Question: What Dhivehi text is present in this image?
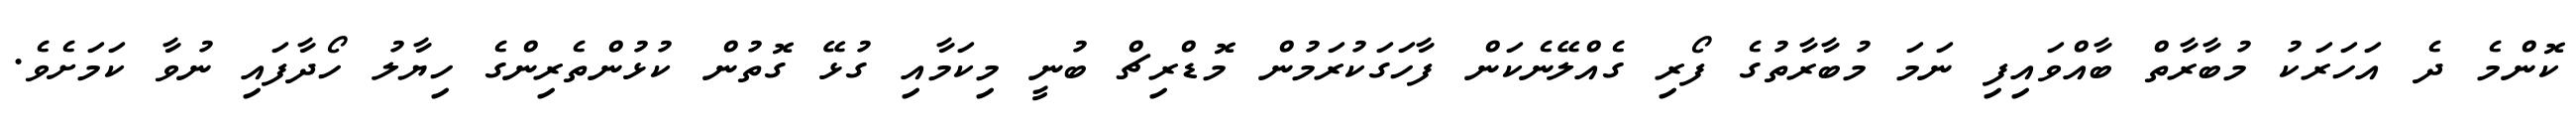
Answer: ކޮންމެ ދެ އަހަރަކު މުބާރާތް ބާއްވައިފި ނަމަ މުބާރާތުގެ ފޯރި ގެއްލޭނެކަން ފާހަގަކުރަމުން މޮޑްރިޗް ބުނީ މިކަމާއި ގުޅޭ ގޮތުން ކުޅުންތެރިންގެ ހިޔާލު ހޯދާފައި ނުވާ ކަމަށެވެ.